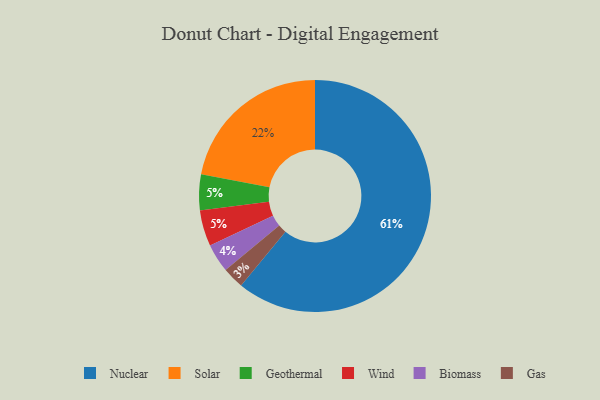
{"axis": {"x": "Category", "y": "Percentage"}, "legend": ["Biomass", "Gas", "Geothermal", "Nuclear", "Solar", "Wind"], "data": [{"x": "Geothermal", "y": 5, "type": "Geothermal"}, {"x": "Biomass", "y": 4, "type": "Biomass"}, {"x": "Solar", "y": 22, "type": "Solar"}, {"x": "Nuclear", "y": 61, "type": "Nuclear"}, {"x": "Gas", "y": 3, "type": "Gas"}, {"x": "Wind", "y": 5, "type": "Wind"}]}